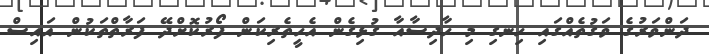
ދަންވަރުގެ ވަގުތެއްގައި ހިނގި މި ހާދިސާއާ ގުޅިގެން އެހީތެރިކަން ފޯރުކޮށްދޭ ފަރާތްތަކުން އައިސް